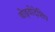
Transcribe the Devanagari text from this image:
वोइवोदेशिप